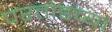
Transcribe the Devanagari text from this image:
परतोडच्या